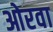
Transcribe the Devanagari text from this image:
ओरवा